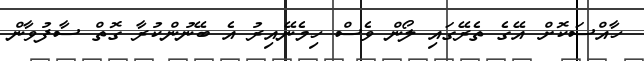
ހާއްސަކޮށް އޭގެ ތެރޭގައި ލޯން ވެސް ހިމެނޭއިރު އެ ބޭނުންކުރާ ގޮތް ސާފުވާން